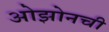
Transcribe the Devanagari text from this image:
ओझोनची